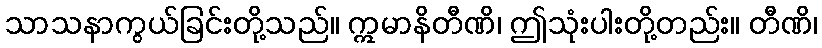
သာသနာကွယ်ခြင်းတို့သည်။ ဣမာနိတီဏိ၊ ဤသုံးပါးတို့တည်း။ တီဏိ၊